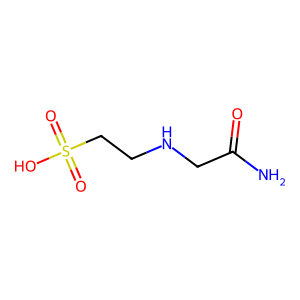
SMILES: NC(=O)CNCCS(=O)(=O)O
Inhibits HIV replication: No